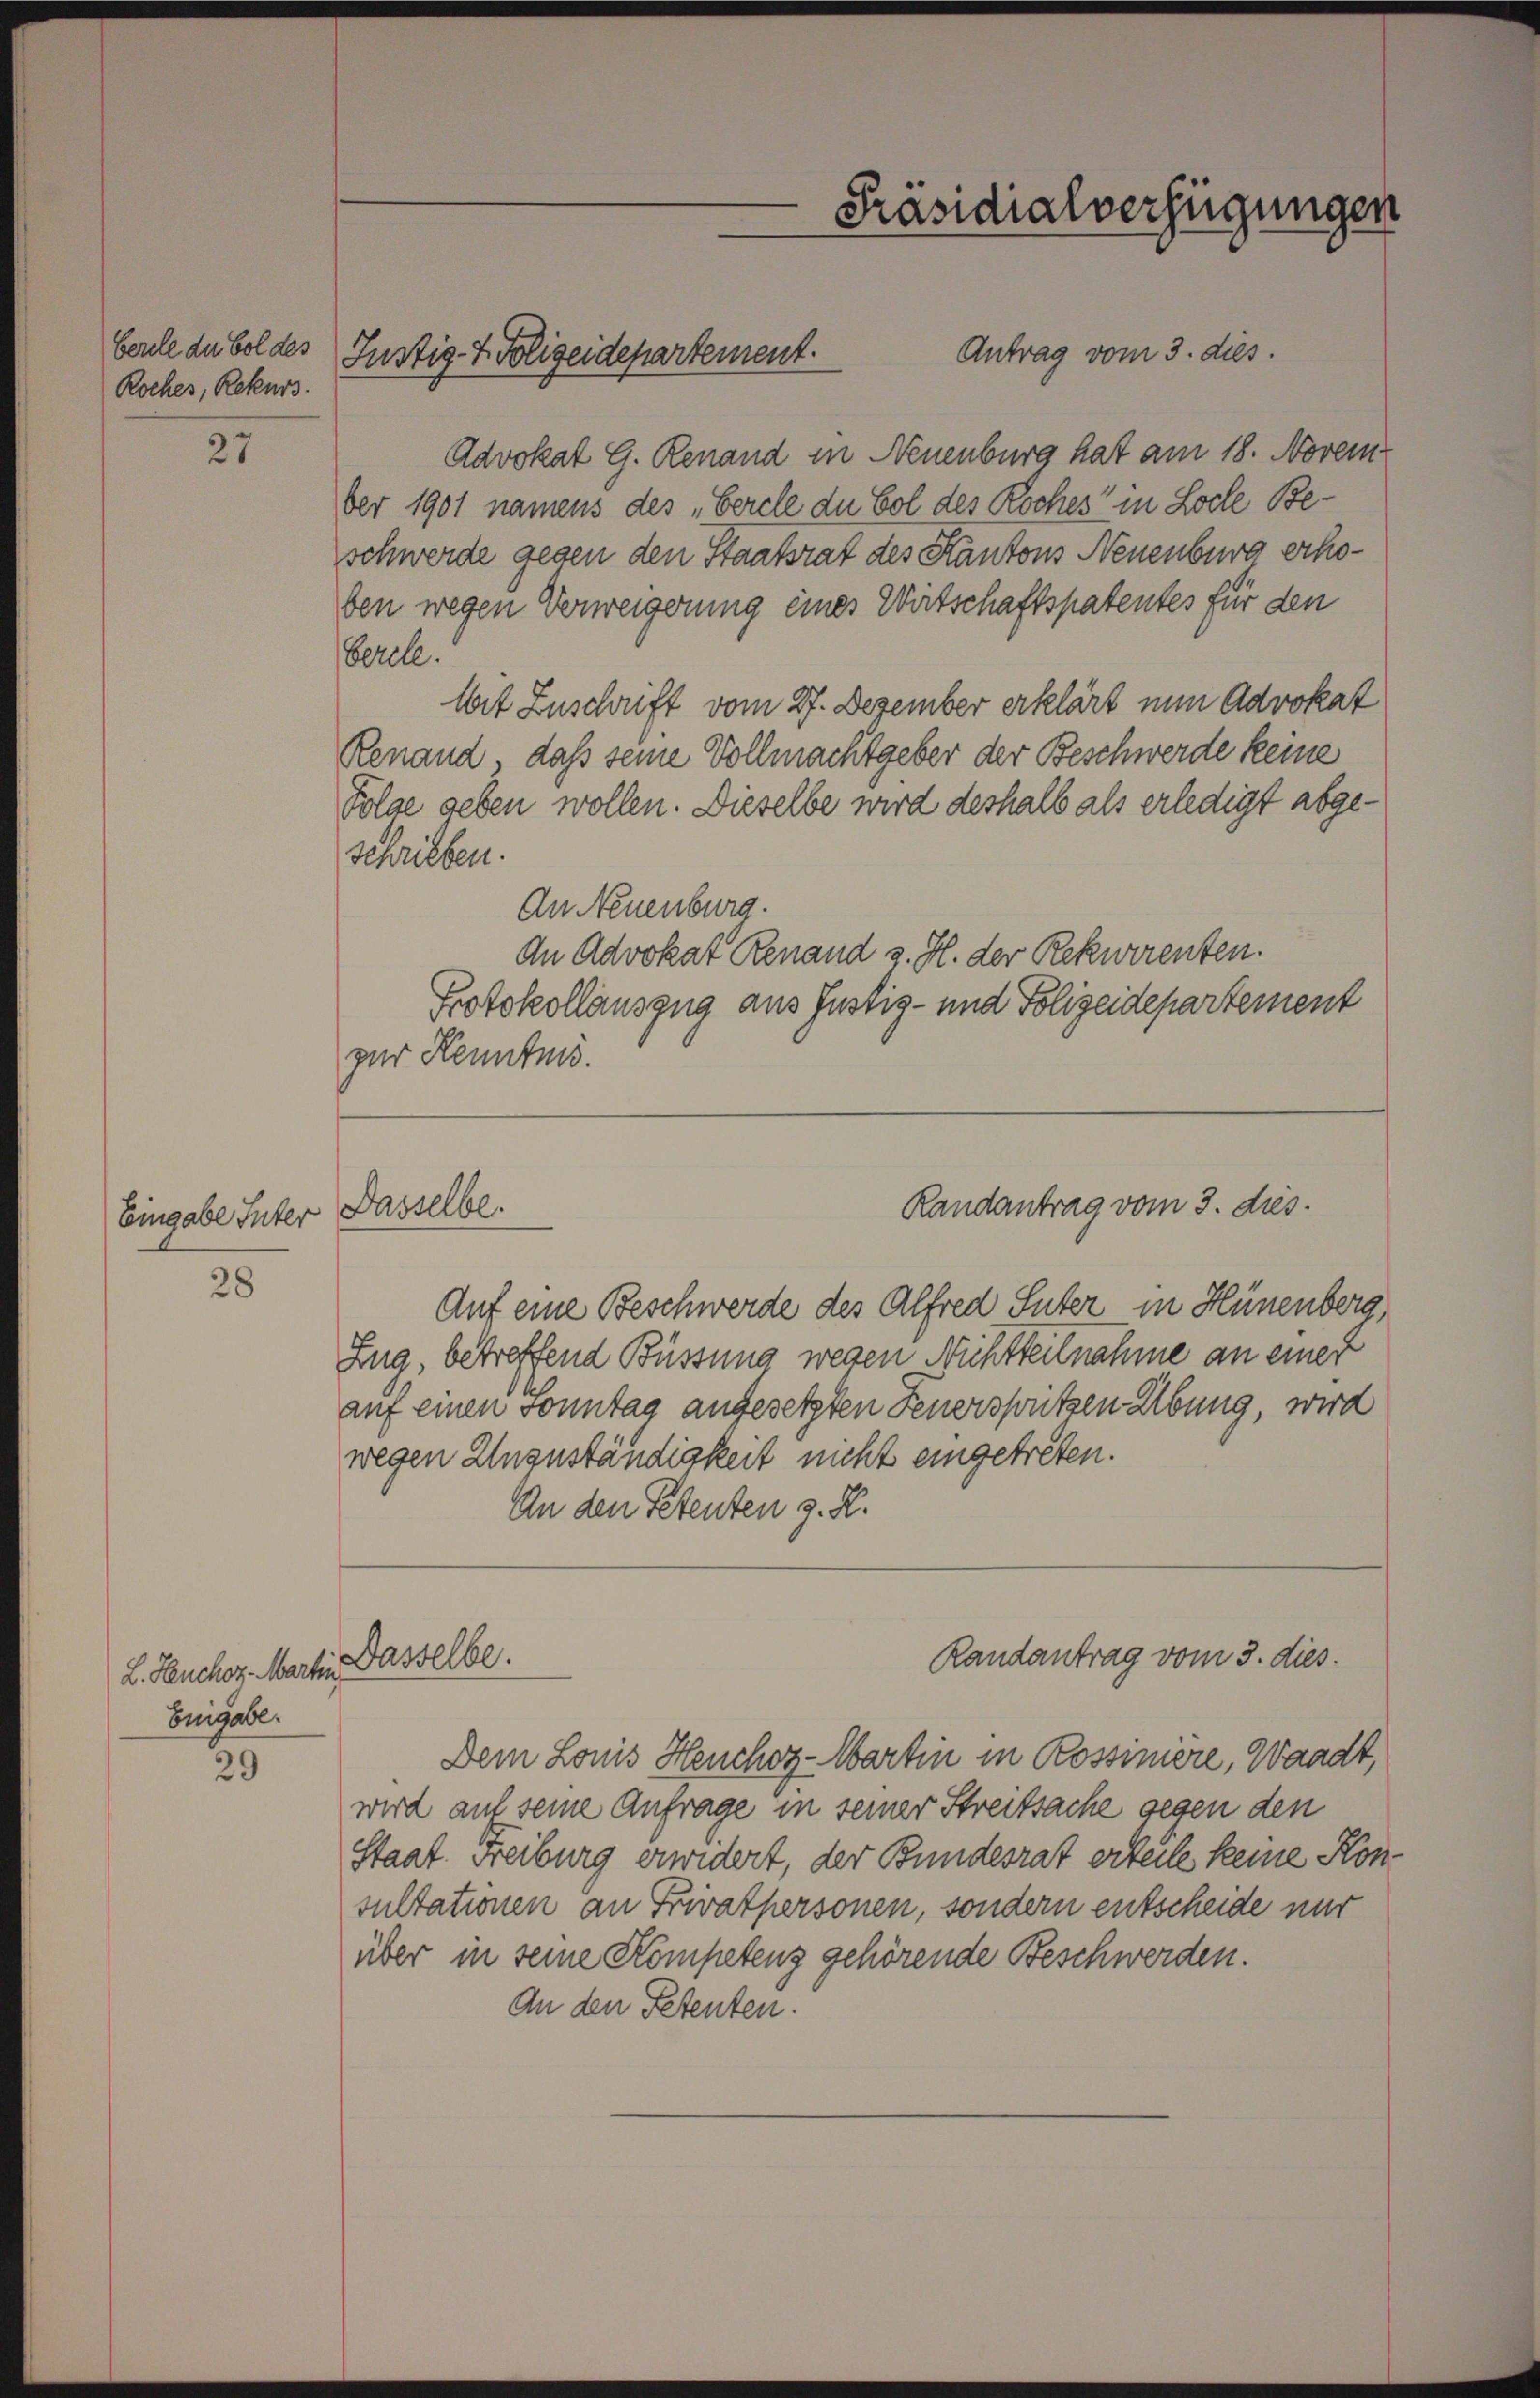
bercle du bol des
Roches, Rekurs.

27

Eingabe Inter Dasselbe.

28

L. Heuchor. Martin
Eingabe.

29

Antrag vom 3. dies.
Advokat G. Renand in Neuenburg hat am 18. Novem
ber 1901 namens des „Gercle du Col des Roches in Loche Beschwerde gegen den Staatsrat des Kantons Neuenburg erhoben wegen Verweigerung eines Wirtschaftspatentes für den
Serell.
Mit Zuschrift vom 27. Dezember erklärt nun Advokat
Renand, daß seine Vollmachtgeber der Beschwerde keine
Folge geben wollen. Dieselbe wird deshalb als erledigt abgeschrieben.
An Neuenburg.
An Advokat Renand z. H. der Rekwarenten.
Protokollauszug aus Justig- und Polizeidepartement
zur Kenntnis.

Justiz- & Polizeidepartement.

Dasselbe.

Präsidialverfügungen

Randantrag vom 3. dies.

Auf eine Beschwerde des Alfred Suter in Hünenberg
Zug, betreffend Büssung wegen Nichtteilnahme an einer
auf einen Sonntag angesetzten Feuerspritzen Übung, wird
wegen Unzuständigkeit nicht eingetreten.
An den Petenten z. R.

Randantrag vom 3. dies

Dem Louis Heuchor-Wartin in Rossinière, Waadt,
wird auf seine Anfrage in seiner Streitsache gegen den
Staat. Freiburg erwidert, der Bundesrat erteile keine Kon
sultationen an Privatpersonen, sondern entscheide mir
über in seine Kompetenz gehörende Beschwerden.
An den Petenten.